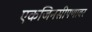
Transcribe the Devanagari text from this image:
एकजिनसीपणावर